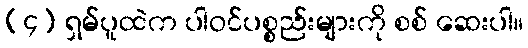
(၄) ရှမ်ပူထဲက ပါဝင်ပစ္စည်းများကို စစ် ဆေးပါ။